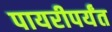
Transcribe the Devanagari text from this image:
पायरीपर्यंत